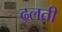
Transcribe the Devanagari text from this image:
ढ़लती